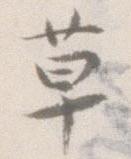
草